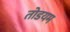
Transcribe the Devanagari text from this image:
तोडयम